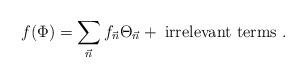
LaTeX: \begin{align*}f(\Phi)=\sum_{\vec n} f_{\vec n} \Theta_{\vec n}+ \;\mbox{irrelevant terms}\ .\end{align*}